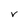
Character: V